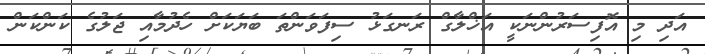
އަދި މި އޮފިސަރުންނަކީ އަޚްލާގް ރަނގަޅު ސިފަވަންތަ ބަޔަކަށް ހެދުމާއި ޖަލުގެ ކަންކަން